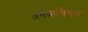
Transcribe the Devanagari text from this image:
अनेकविषय